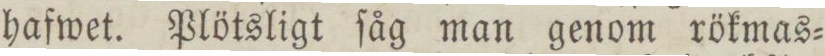
hafwet. Plötsligt ſåg man genom rökmas=